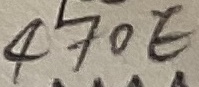
Text: 470E